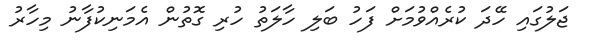
ޖަލުގައި ހޭދަ ކުރެއްވުމަށް ފަހު ބަލި ހާލަތު ހުރި ގޮތުން އެމަނިކުފާނު މިހާރު